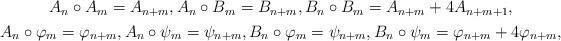
LaTeX: \begin{align*}\begin{gathered}A_n\circ A_m=A_{n+m},A_n\circ B_m=B_{n+m},B_n\circ B_m=A_{n+m}+4A_{n+m+1},\\A_n\circ\varphi_m=\varphi_{n+m},A_n\circ\psi_m=\psi_{n+m},B_n\circ\varphi_m=\psi_{n+m},B_n\circ\psi_m=\varphi_{n+m}+4\varphi_{n+m},\end{gathered}\end{align*}